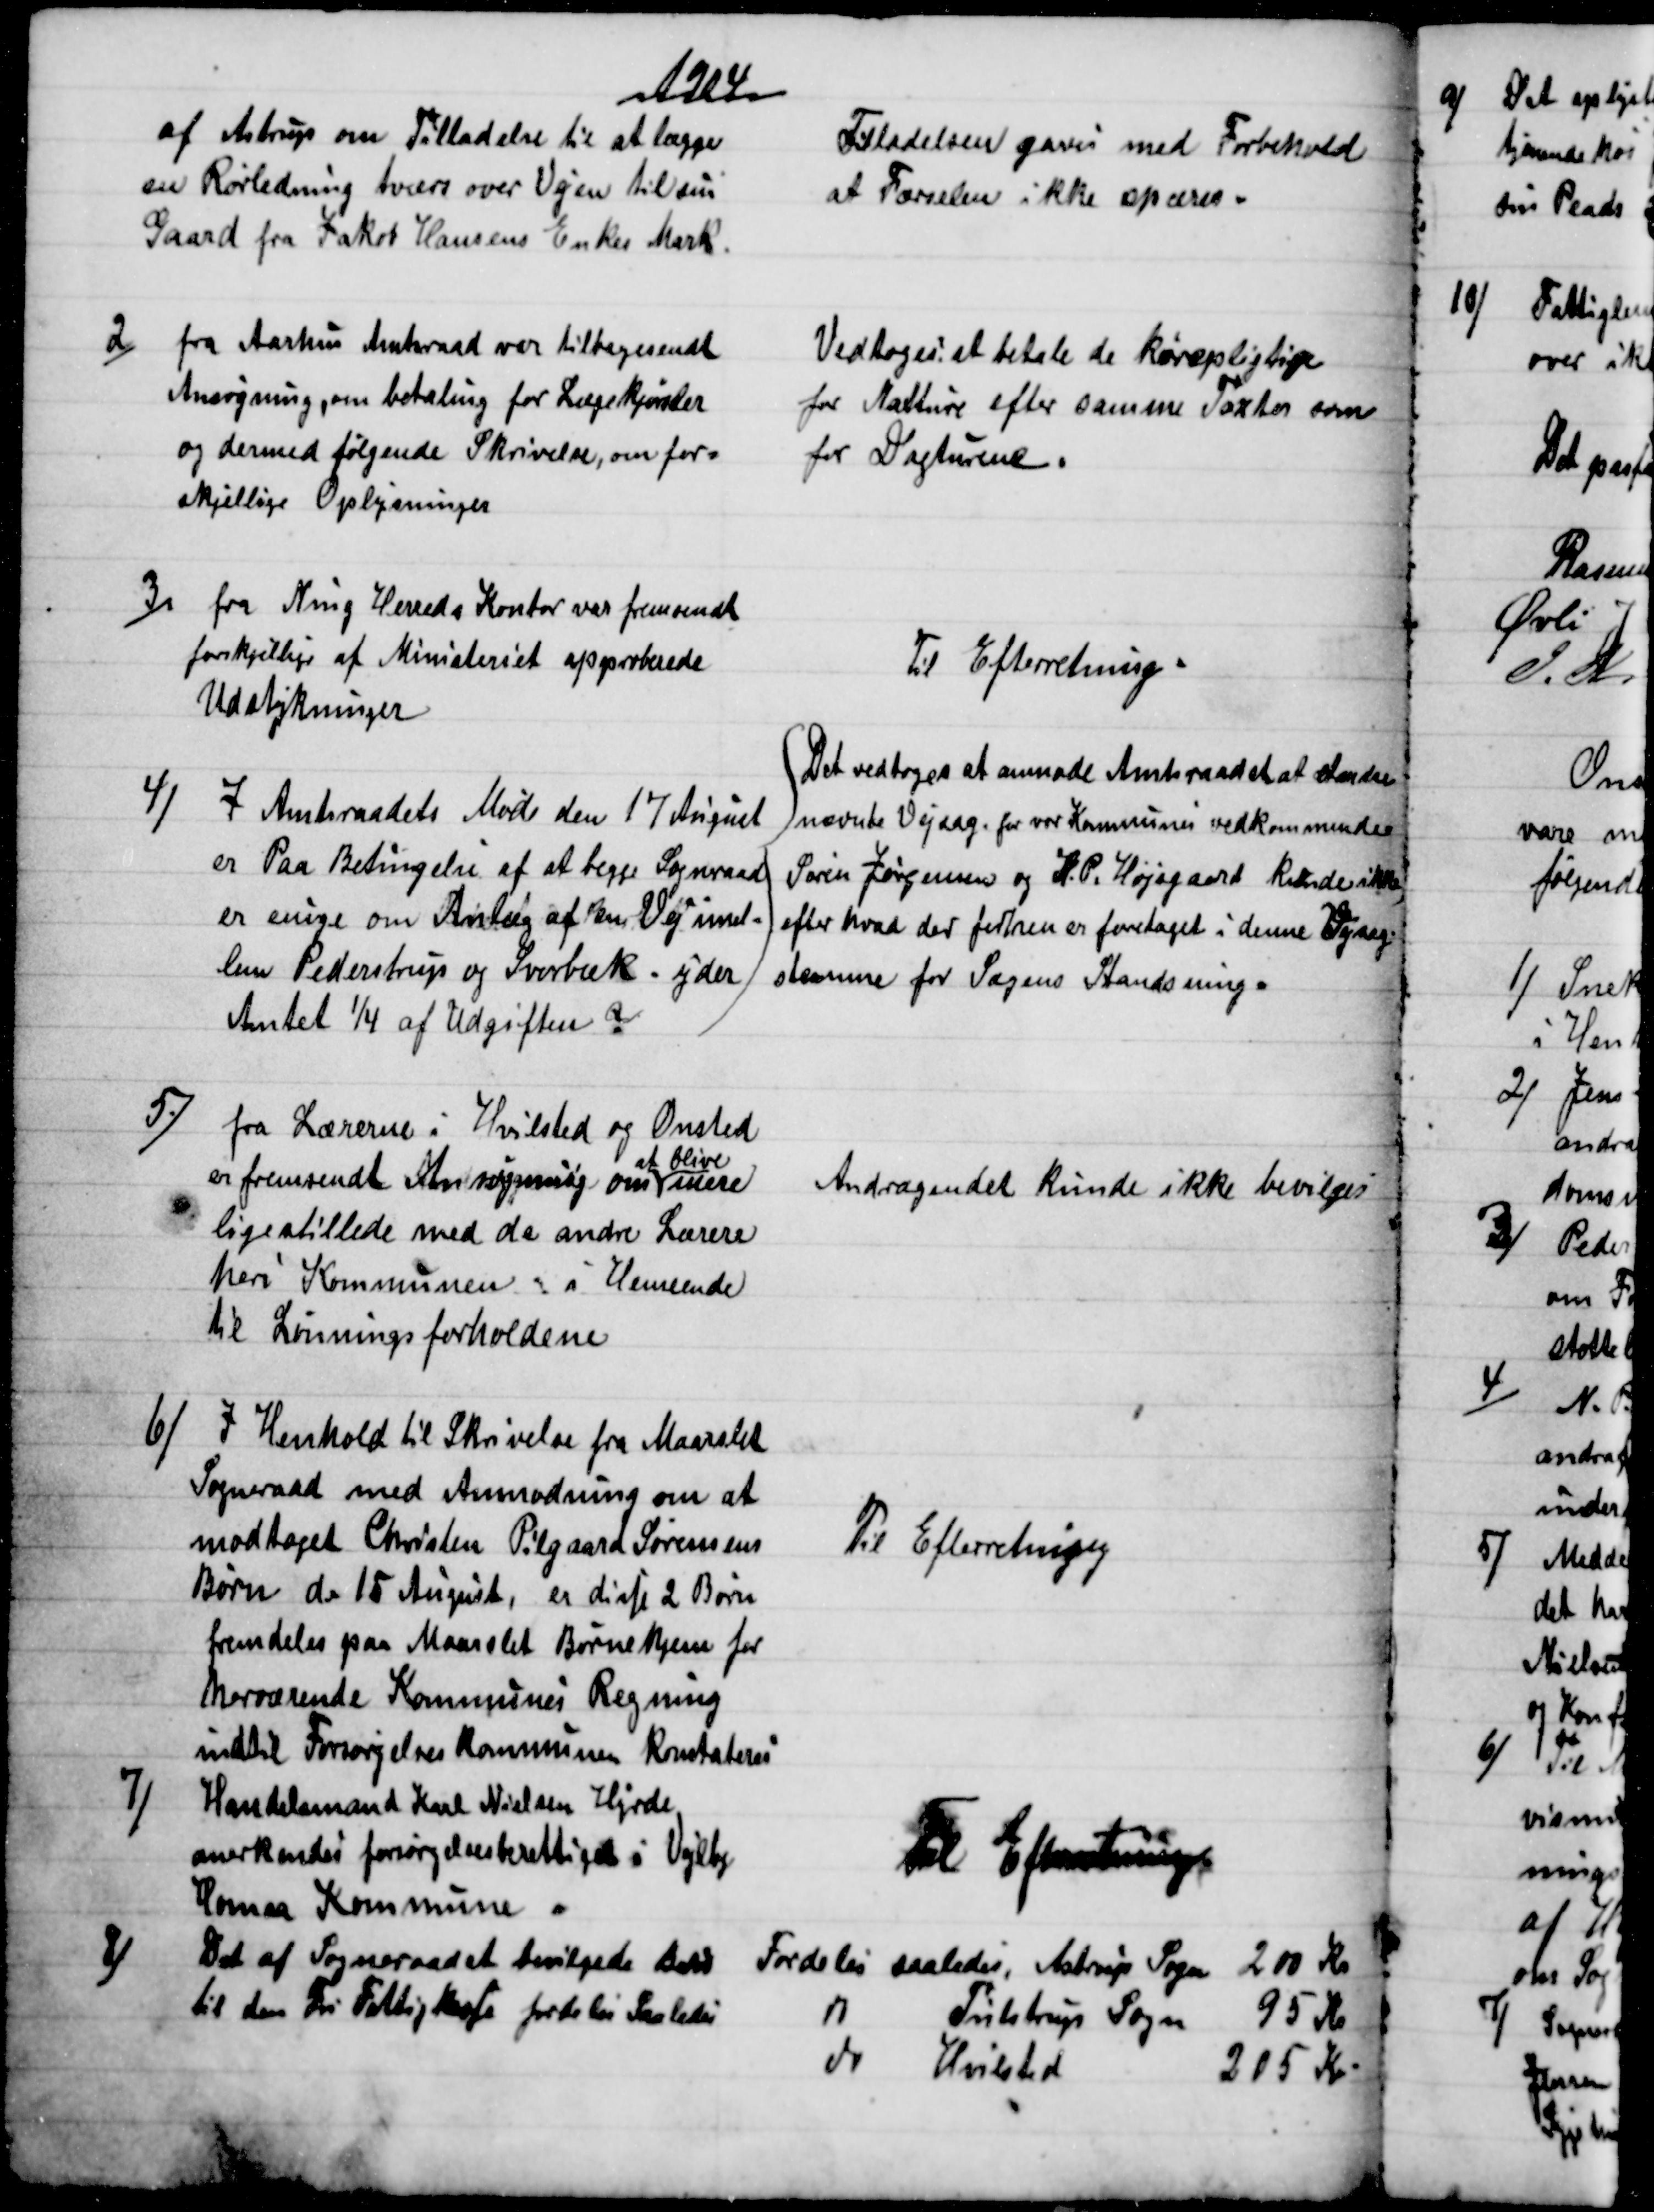
Transskription:
1904
af Astrup om Tilladelse til at lægge
en Rørledning tværa over Vejen til sin
Gaard fra Jakob Hansens Enkes Mark.
Tilladelsen gaves med Forbehold
at Færselen ikke spæres.
2)
fra Aarhus Amtsraad var tilbagesendt
Ansøgning, om betaling for Lægekjørsler
og dermed følgende Skrivelse, om for=
skjellige Oplysninger
Vedtoges at betale de kørepligtige
for Natture efter samme Taxter som
for Dagturene.
3) 
fra Ning Herreds Kontor var fremsendt
forskjellige af Ministeriet approberede
Udstykninger
Til Efterretning.
4)
I Amtsraadets Møde den 17 August
er Paa Betingelse af at begge Sogneraad
er enige om Anlæg af en Vej imel=
lem Pederstrup og Svorbæk - yder
Amtet ¼ af Udgiften 
Det vedtoges at anmode Amtsraadet at standse
nævnte Vejsag, for vor Kommunes vedkommende
Søren Jørgensen og H. P. Højsgaard kunde ikke,
efter hvad der forhen er foretaget i denne Vejsag.
stemme for Sagens Standsning.
5)
fra Lærerne i Hvilsted og Onsted
er fremsendt Ansøgning om 
at blive
mere
ligestillede med de andre Lærere
heri Kommunen i Henseende
til Lønningsforholdene
Andragendet kunde ikke bevilges
6)
I Henhold til Skrivelse fra Maarslet
Sogneraad med Anmodning om at
modtaget Christen Pilgaard Sørensens
Børn d. 15 August, er disse 2 Børn
fremdeles paa Maarslet Børnehjem for
herværende Kommunes Regning
indtil Forsørgelseskommunen konstateres
Til Efterretning
7)
Handelsmand Karl Nielsen Hjordt
anerkendes forsørgelsesberettiget i Vejlby
Homaa Kommune.
Til Efteretning.
8)
Det af Sogneraadet bevilgede Beløb
til den Fri Fattigkasse fordeles Saaledes
Fordeles saaledes, Astrup Sogn
200 Kr.
do
Tulstrup Sogn
95 Kr
do
Hvilsted
205 Kr.